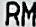
RM